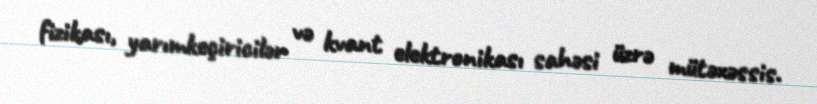
fizikası, yarımkeçiricilər və kvant elektronikası sahəsi üzrə mütəxəssis.